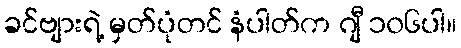
ခင်ဗျားရဲ့ မှတ်ပုံတင် နံပါတ်က ဂျီ ၁၀၆ပါ။